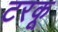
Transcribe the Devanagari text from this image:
टरकू